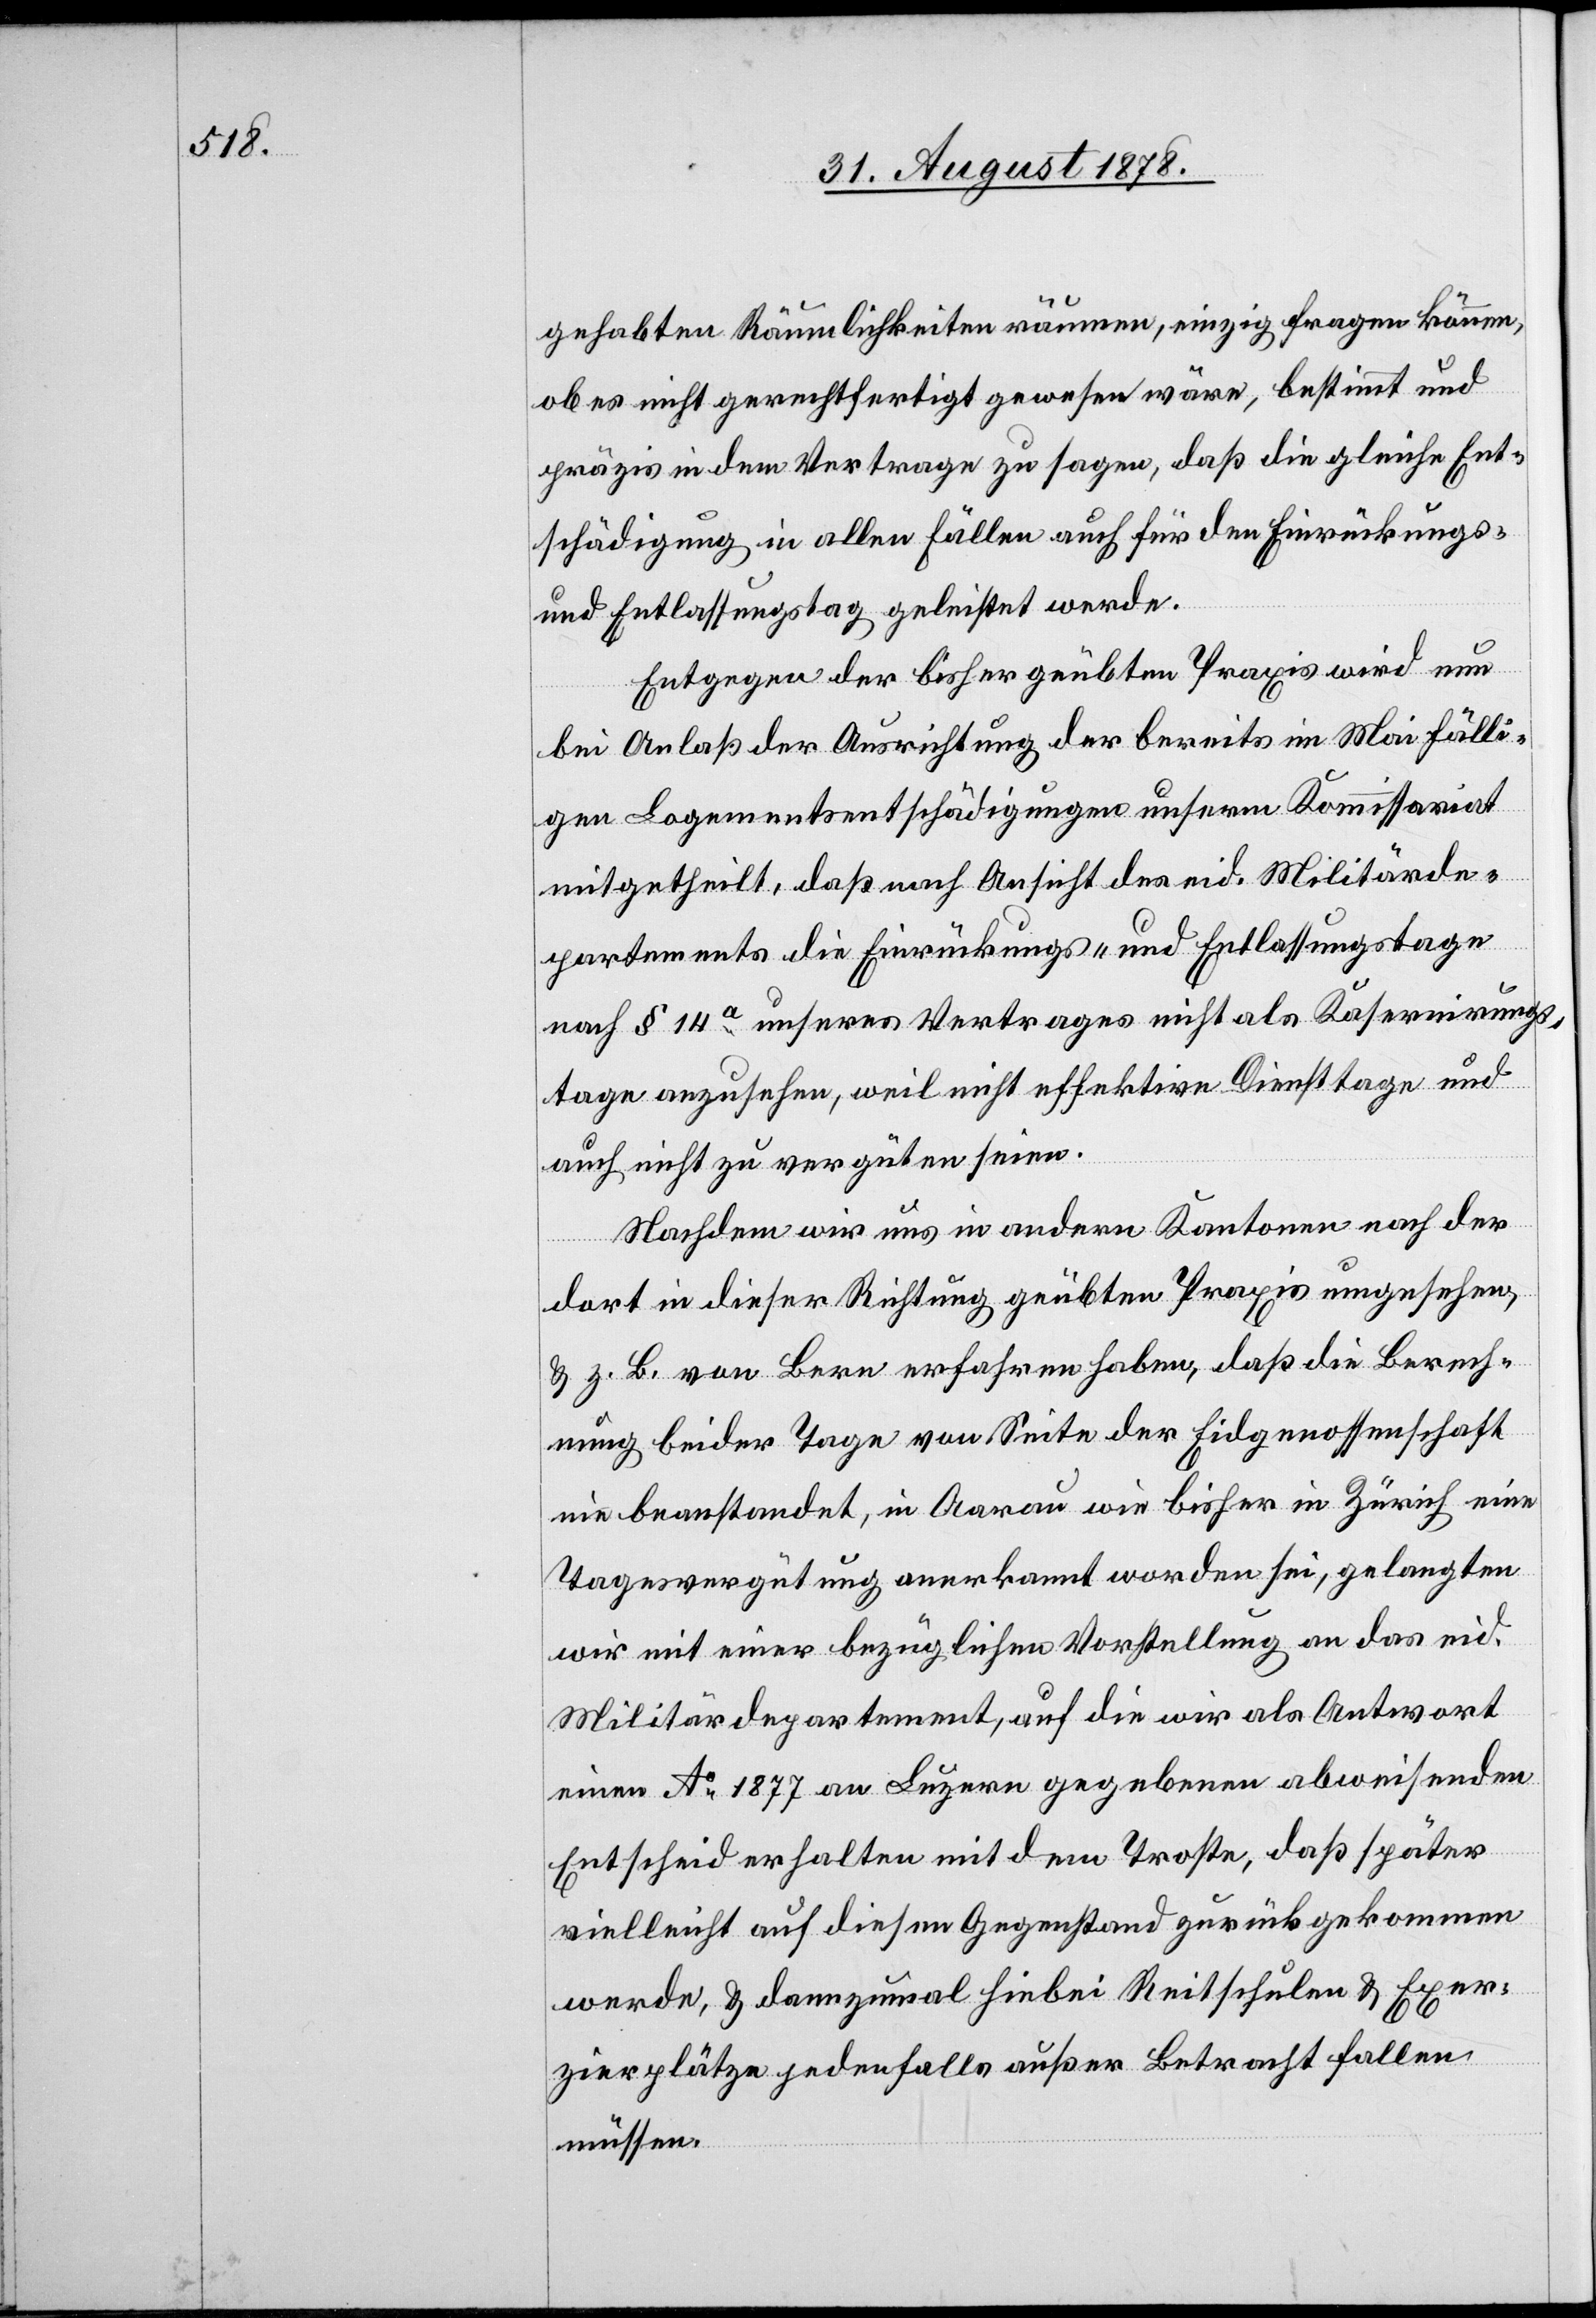
gehabten Räumlichkeiten räumen, einzig fragen können,
ob es nicht gerechtfertigt gewesen wäre, bestimmt und
präzis in dem Vertrage zu sagen, daß die gleiche Ent¬
schädigung in allen Fällen auch für den Einrückungs-
und Entlassungstag geleistet werde.
Entgegen der bisher geübten Praxis wird nun
bei Anlaß der Ausrichtung der bereits im Mai fälli¬
gen Logenentschädigungen unserm Kommissariat
mitgetheilt, daß nach Ansicht des eid. Militärde¬
partements die Einrückungs- und Entlassungstage
nach § 14a unseres Vertrages nicht als Kasernierungs¬
tage anzusehen, weil nicht effektive Diensttage und
auch nicht zu vergüten seien.
Nachdem wir uns in andern Kantonen nach der
dort in dieser Richtung geübten Praxis umgesehen,
& z. B. von Bern erfahren haben, daß die Berech¬
nung beider Tage von Seite der Eidgenossenschaft
nie beanstandet, in Aarau wie bisher in Zürich eine
Tagesvergütung anerkannt worden sei, gelangten
wir mit einer bezüglichen Vorstellung an das eid.
Militärdepartement, auf die wir als Antwort
einen Ao 1877 an Luzern gegebenen abweisenden
Entscheid erhalten mit dem Troste, daß später
vielleicht auf diesen Gegenstand zurückgekommen
werde, & dannzumal hiebei Reitschulen & Exer¬
zierplätze jedenfalls außer Betracht fallen
müssen.